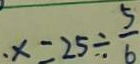
x = 2 5 \div \frac { 5 } { 6 }